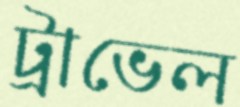
ট্রাভেল